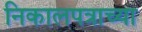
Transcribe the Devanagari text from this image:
निकालपत्राच्या